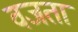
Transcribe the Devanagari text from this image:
वजता